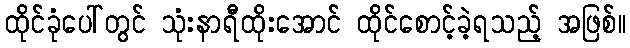
ထိုင်ခုံပေါ်တွင် သုံးနာရီထိုးအောင် ထိုင်စောင့်ခဲ့ရသည့် အဖြစ်။